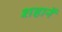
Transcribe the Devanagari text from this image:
शहानें